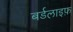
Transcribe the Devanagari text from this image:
बर्डलाइफ़